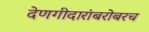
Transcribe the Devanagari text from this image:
देणगीदारांबरोबरच